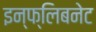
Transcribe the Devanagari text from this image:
इन्फ्लिबनेट